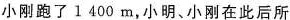
小刚跑了1400m，小明、小刚在此后所